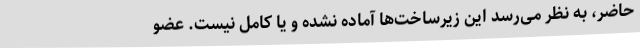
حاضر، به نظر می‌رسد این زیرساخت‌ها آماده نشده و یا کامل نیست. عضو